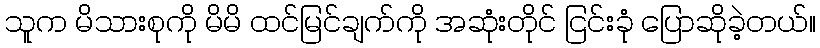
သူက မိသားစုကို မိမိ ထင်မြင်ချက်ကို အဆုံးတိုင် ငြင်းခုံ ပြောဆိုခဲ့တယ်။